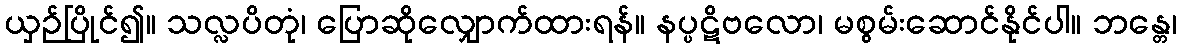
ယှဉ်ပြိုင်၍။ သလ္လပိတုံ၊ ပြောဆိုလျှောက်ထားရန်။ နပ္ပဋိဗလော၊ မစွမ်းဆောင်နိုင်ပါ။ ဘန္တေ၊